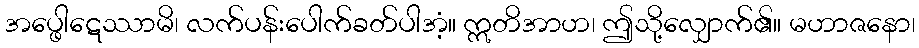
အပ္ဖေါဋေဿာမိ၊ လက်ပန်းပေါက်ခတ်ပါအံ့။ ဣတိအာဟ၊ ဤသို့လျှောက်၏။ မဟာဇနော၊